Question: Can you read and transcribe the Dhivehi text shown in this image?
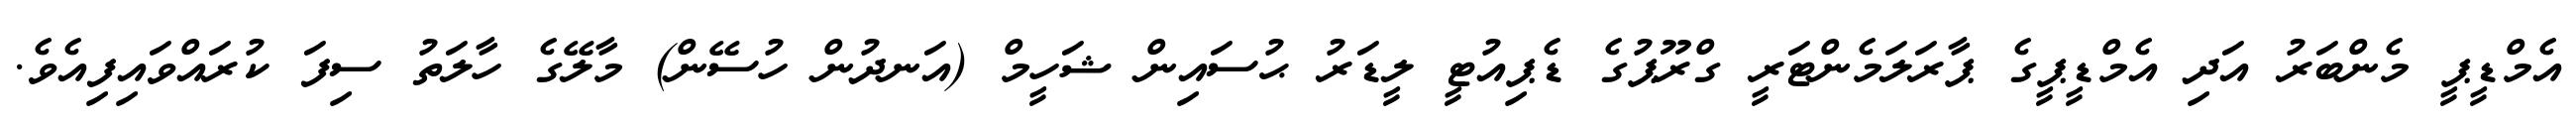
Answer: އެމްޑީޕީ މެންބަރު އަދި އެމްޑީޕީގެ ޕާރަލަމެންޓަރީ ގްރޫޕުގެ ޑެޕިއުޓީ ލީޑަރު ޙުސައިން ޝަހީމް (އަނދުން ހުސޭން) މާލޭގެ ހާލަތު ސިފަ ކުރައްވައިފިއެވެ.